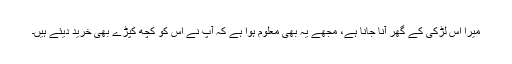
میرا اس لڑکی کے گھر آنا جانا ہے، مجھے یہ بھی معلوم ہوا ہے کہ آپ نے اس کو کچھ کپڑے بھی خرید دیئے ہیں۔